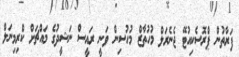
ފަރާތުން ޕްރޮސެކިއުޓޭ ޖެނެރަލް މުހުތާޒް މުހުސިން ވަނީ ރައީސް ނަޝީދުގެ މައްޗަށް ކްރިމިނަލް